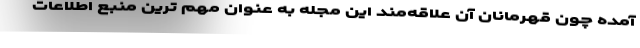
آمده چون قهرمانان آن علاقه‌مند این مجله به عنوان مهم ترین منبع اطلاعات